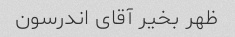
ظهر بخیر آقای اندرسون